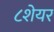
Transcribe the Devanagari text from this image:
८शेयर